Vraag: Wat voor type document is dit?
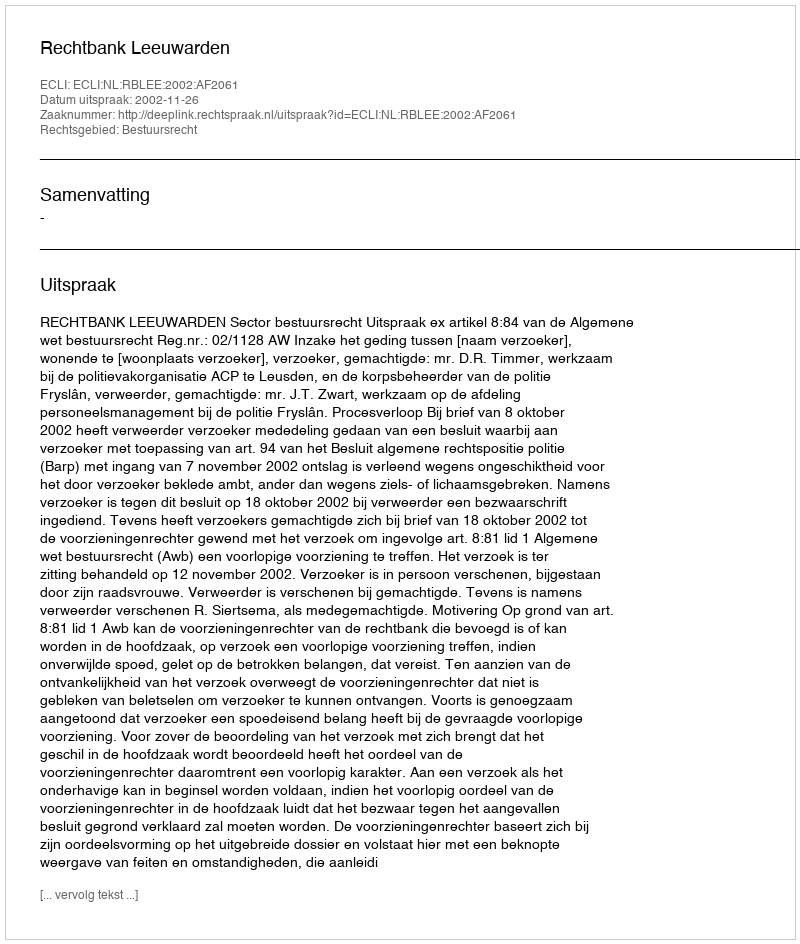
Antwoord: Uitspraak